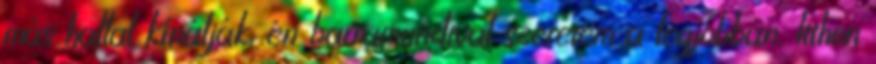
más hallal kínálják, én barramundival szeretem a legjobban. Itthon